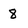
Character: 8